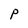
Character: P